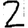
Digit: 2